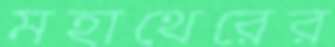
মহাথেরের